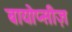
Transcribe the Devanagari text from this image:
बायोप्सीज़